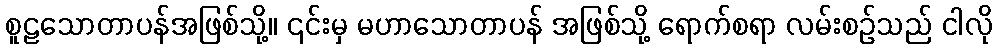
စူဠသောတာပန်အဖြစ်သို့။ ၎င်းမှ မဟာသောတာပန် အဖြစ်သို့ ရောက်စရာ လမ်းစဉ်သည် ငါလို